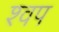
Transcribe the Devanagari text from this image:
श्वप